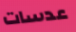
عدسات